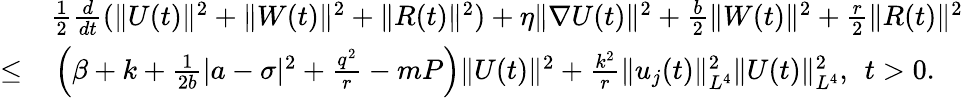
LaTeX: \begin{array}{rl}&{\frac{1}{2}\frac{d}{dt}(\| U(t)\| ^{2}+\| W(t)\| ^{2}+\| R(t)\| ^{2})+\eta\| \nabla U(t)\| ^{2}+\frac{b}{2}\| W(t)\| ^{2}+\frac{r}{2}\| R(t)\| ^{2}}\\ {\leq}&{\, \left(\beta+k+\frac{1}{2b}|a-\sigma|^{2}+\frac{q^{2}}{r}-mP\right)\| U(t)\| ^{2}+\frac{k^{2}}{r}\| u_{j}(t)\| _{L^{4}}^{2}\| U(t)\| _{L^{4}}^{2},\; \, t>0.}\end{array}